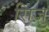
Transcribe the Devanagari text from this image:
सिजु